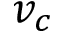
v _ { c }